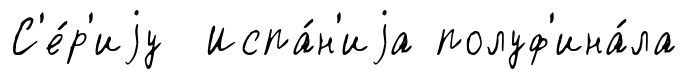
С'е́р'иjу Испа́н'иjа полуф'ина́ла